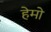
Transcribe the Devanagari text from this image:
हेमो